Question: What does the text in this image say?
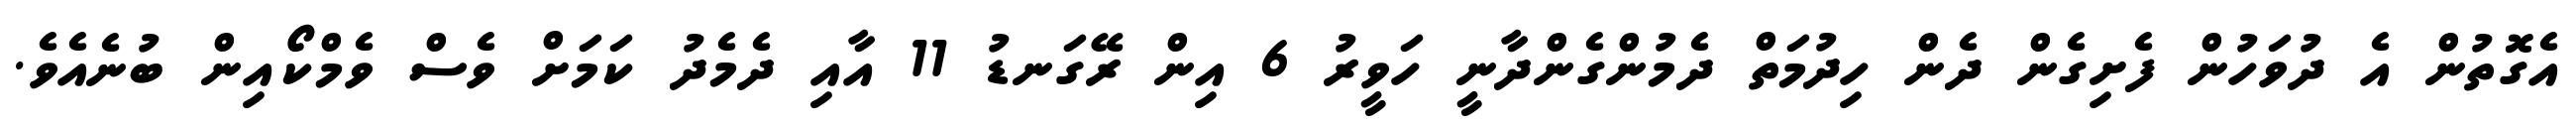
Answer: އެގޮތުން އެ ދުވަހުން ފެށިގެން ދެން ހިދުމަތް ދެމުންގެންދާނީ ހަވީރު 6 އިން ރޭގަނޑު 11 އާއި ދެމެދު ކަމަށް ވެސް ވެމްކޯއިން ބުނެއެވެ.